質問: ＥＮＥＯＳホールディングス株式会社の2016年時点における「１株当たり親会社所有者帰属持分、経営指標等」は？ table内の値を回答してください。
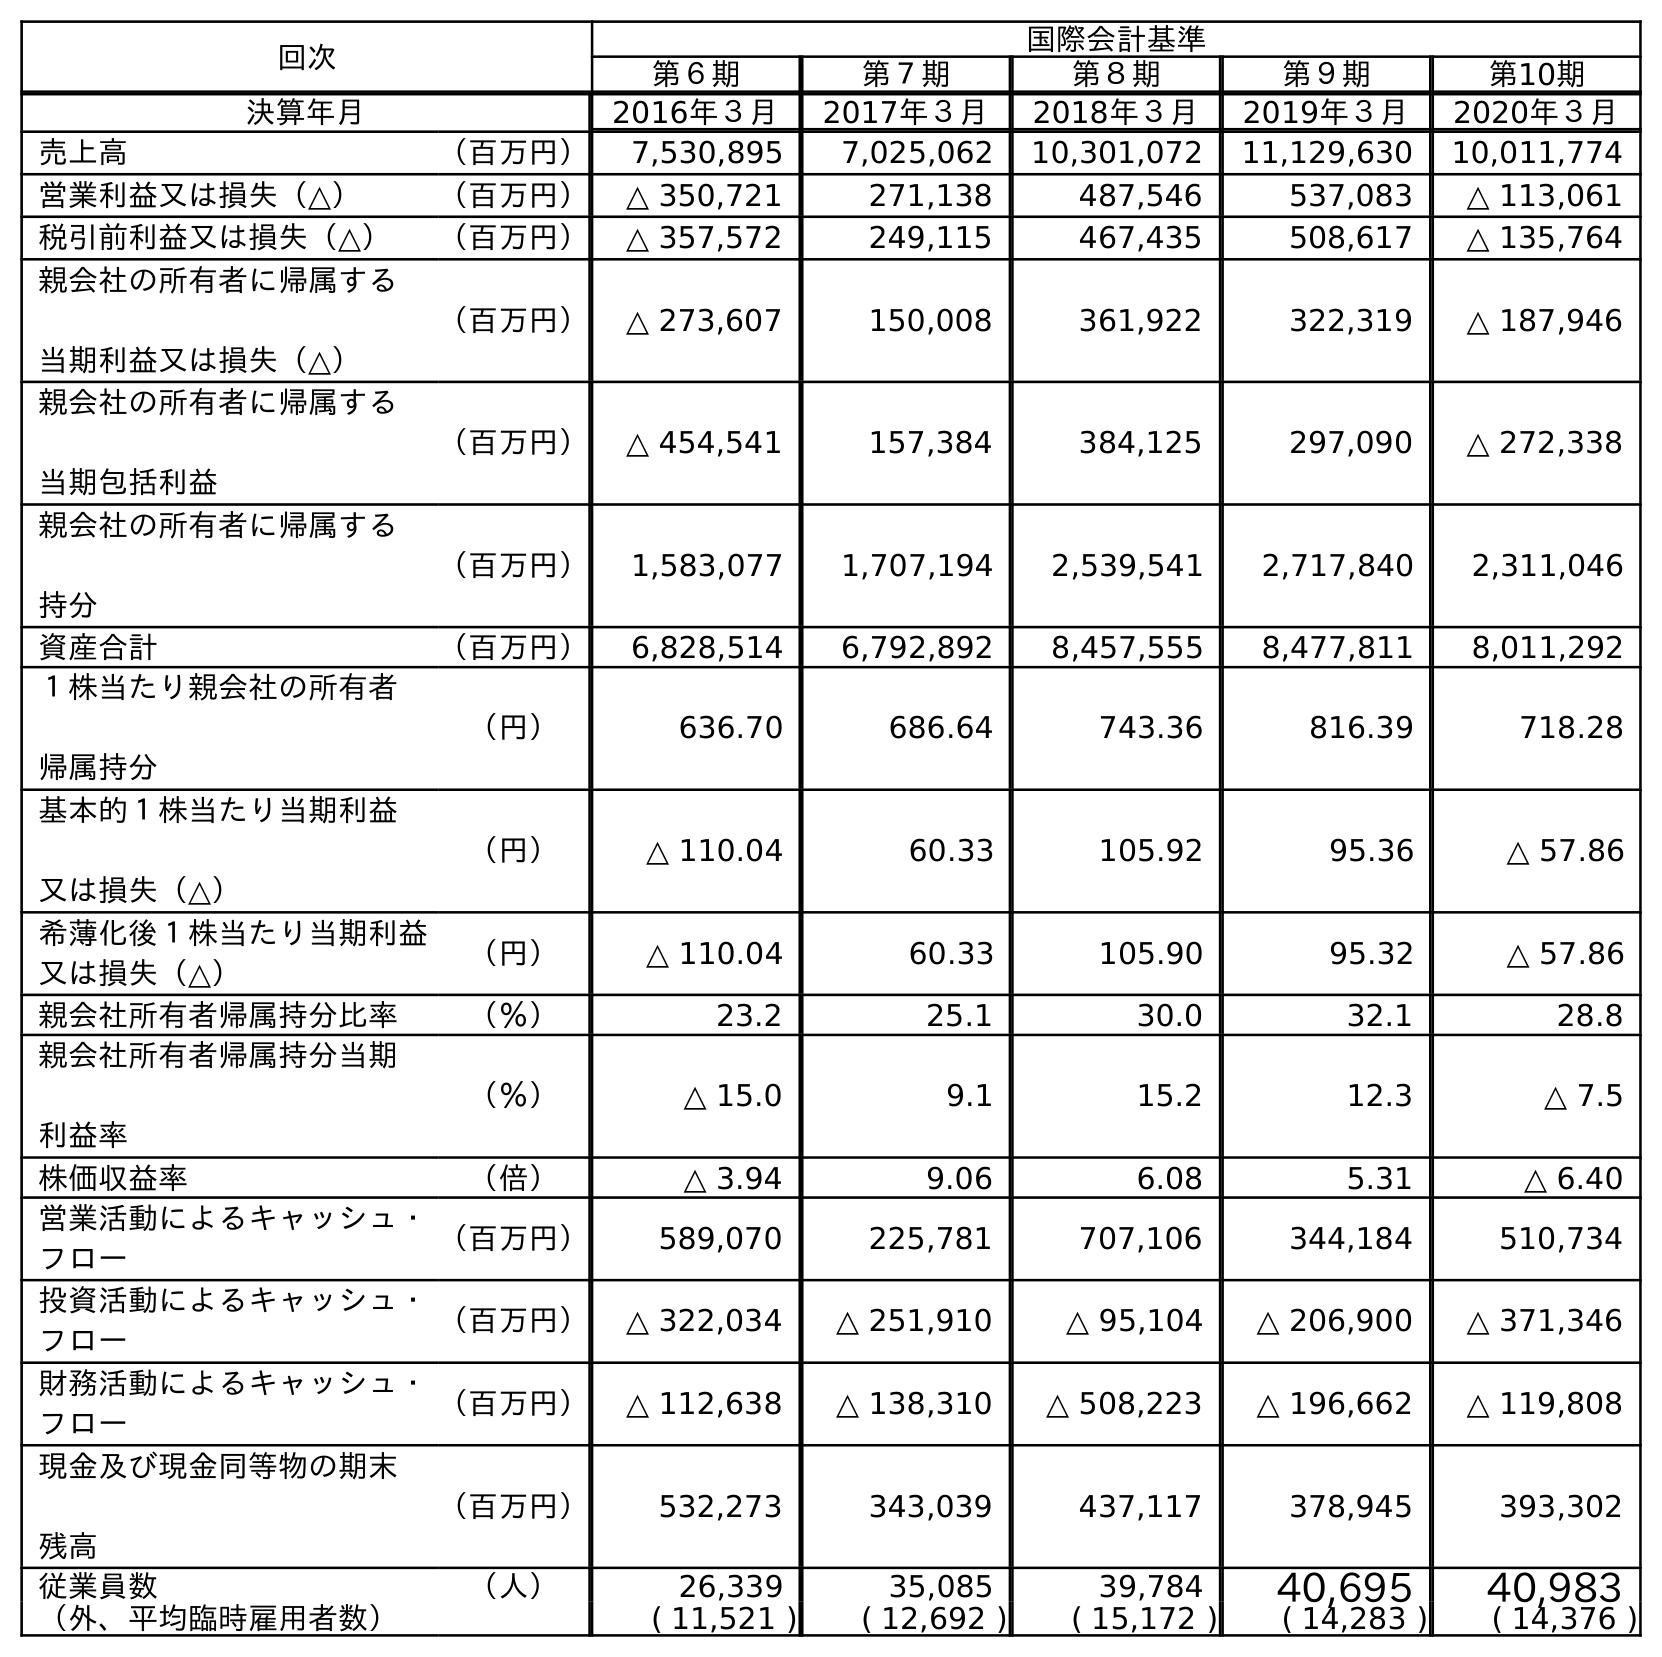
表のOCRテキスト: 回次 国際会計基準 第６期 第７期 第８期 第９期 第10期 決算年月 2016年３月 2017年３月 2018年３月 2019年３月 2020年３月 売上高 （百万円） 7,530,895 7,025,062 10,301,072 11,129,630 10,011,774 営業利益又は損失（△） （百万円） △ 350,721 271,138 487,546 537,083 △ 113,061 税引前利益又は損失（△） （百万円） △ 357,572 249,115 467,435 508,617 △ 135,764 親会社の所有者に帰属する 当期利益又は損失（△） （百万円） △ 273,607 150,008 361,922 322,319 △ 187,946 親会社の所有者に帰属する 当期包括利益 （百万円） △ 454,541 157,384 384,125 297,090 △ 272,338 親会社の所有者に帰属する 持分 （百万円） 1,583,077 1,707,194 2,539,541 2,717,840 2,311,046 資産合計 （百万円） 6,828,514 6,792,892 8,457,555 8,477,811 8,011,292 １株当たり親会社の所有者 帰属持分 （円） 636.70 686.64 743.36 816.39 718.28 基本的１株当たり当期利益 又は損失（△） （円） △ 110.04 60.33 105.92 95.36 △ 57.86 希薄化後１株当たり当期利益 又は損失（△） （円） △ 110.04 60.33 105.90 95.32 △ 57.86 親会社所有者帰属持分比率 （％） 23.2 25.1 30.0 32.1 28.8 親会社所有者帰属持分当期 利益率 （％） △ 15.0 9.1 15.2 12.3 △ 7.5 株価収益率 （倍） △ 3.94 9.06 6.08 5.31 △ 6.40 営業活動によるキャッシュ・ フロー （百万円） 589,070 225,781 707,106 344,184 510,734 投資活動によるキャッシュ・ フロー （百万円） △ 322,034 △ 251,910 △ 95,104 △ 206,900 △ 371,346 財務活動によるキャッシュ・ フロー （百万円） △ 112,638 △ 138,310 △ 508,223 △ 196,662 △ 119,808 現金及び現金同等物の期末 残高 （百万円） 532,273 343,039 437,117 378,945 393,302 従業員数 （人） 26,339 35,085 39,784 40,695 40,983 （外、平均臨時雇用者数） ( 11,521 ) ( 12,692 ) ( 15,172 ) ( 14,283 ) ( 14,376 )
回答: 636.70